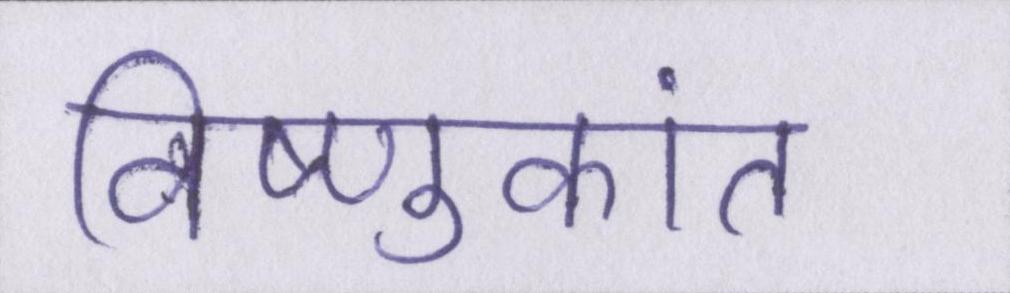
विष्णुकांत